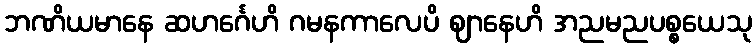
ဘဏိယမာနေ ဆဟင်္ဂေဟိ ဂမနကာလေပိ ဈာနေဟိ အညမညပစ္စယေသု